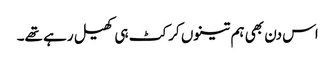
اس دن بھی ہم تینوں کرکٹ ہی کھیل رہے تھے۔